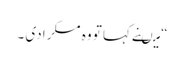
“ میںنے کہا تو وہ مسکرا دی ۔